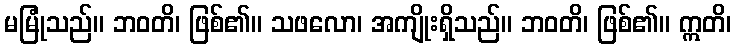
မမြုံသည်။ ဘဝတိ၊ ဖြစ်၏။ သဖလော၊ အကျိုးရှိသည်။ ဘဝတိ၊ ဖြစ်၏။ ဣတိ၊